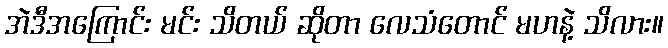
အဲဒီအကြောင်း မင်း သိတယ် ဆိုတာ လေသံတောင် မဟနဲ့ သိလား။